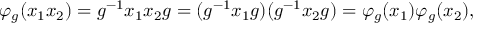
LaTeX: \varphi _ { g } ( x _ { 1 } x _ { 2 } ) = g ^ { - 1 } x _ { 1 } x _ { 2 } g = ( g ^ { - 1 } x _ { 1 } g ) ( g ^ { - 1 } x _ { 2 } g ) = \varphi _ { g } ( x _ { 1 } ) \varphi _ { g } ( x _ { 2 } ) ,